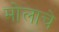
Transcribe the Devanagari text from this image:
मोलाचेे